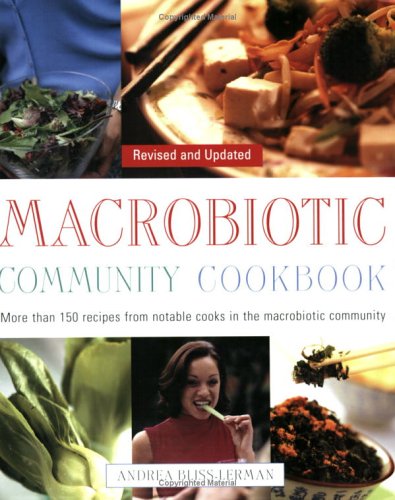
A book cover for The Macrobiotic Community Cookbook; Andrea Bliss Lerman; Health, Fitness & Dieting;